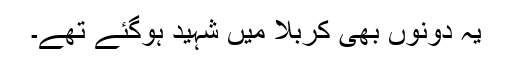
یہ دونوں بھی کربلا میں شہید ہوگئے تھے۔